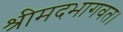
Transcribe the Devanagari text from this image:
श्रीमदभागवत।